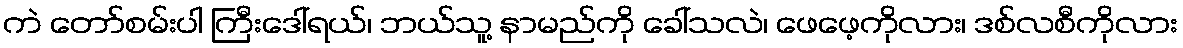
ကဲ တော်စမ်းပါ ကြီးဒေါ်ရယ်၊ ဘယ်သူ့ နာမည်ကို ခေါ်သလဲ၊ ဖေဖေ့ကိုလား၊ ဒစ်လစီကိုလား